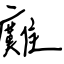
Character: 癱